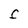
Character: F